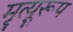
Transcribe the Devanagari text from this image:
मृत्यूरूप